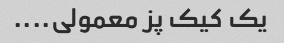
یک کیک پز معمولی....